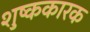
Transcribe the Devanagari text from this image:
शुष्ककारक